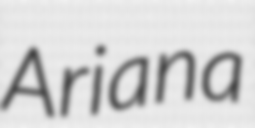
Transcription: Ariana